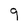
Character: 9